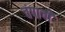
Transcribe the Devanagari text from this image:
चंपाची